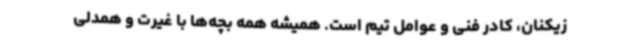
زیکنان، کادر فنی و عوامل تیم است. همیشه همه بچه‌ها با غیرت و همدلی